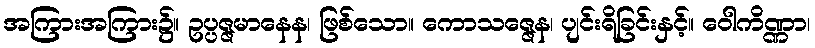
အကြားအကြား၌။ ဥပ္ပဇ္ဇမာနေန၊ ဖြစ်သော။ ကောသဇ္ဇေန၊ ပျင်းရိခြင်းနှင့်။ ဝေါကိဏ္ဏာ၊